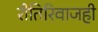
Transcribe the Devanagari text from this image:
रीतिरिवाजही